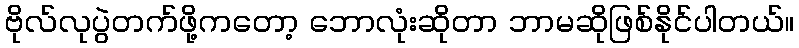
ဗိုလ်လုပွဲတက်ဖို့ကတော့ ဘောလုံးဆိုတာ ဘာမဆိုဖြစ်နိုင်ပါတယ်။